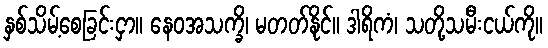
နှစ်သိမ့်စေခြင်းငှာ။ နေဝအသက္ခိ၊ မတတ်နိုင်။ ဒါရိကံ၊ သတို့သမီးငယ်ကို။